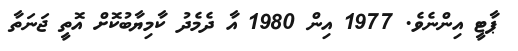
ޕާޓީ އިންނެވެ. 1977 އިން 1980 އާ ދެމެދު ކާމިޔާބުކޮށް އޮތީ ޖަނަތާ